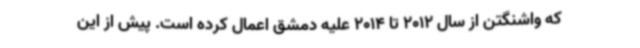
که واشنگتن از سال 2012 تا 2014 علیه دمشق اعمال کرده است. پیش از این